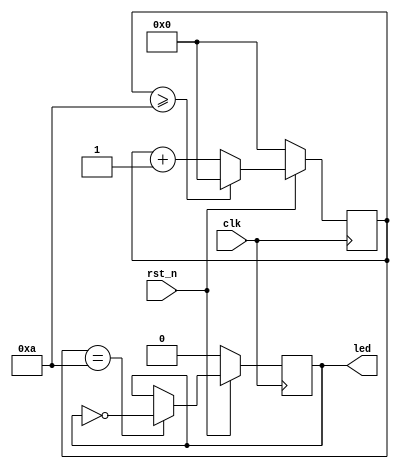
module led_demo(
    input clk,
    input rst_n,

    output reg led
);

reg [7:0] cnt;

always @ (posedge clk)
begin
    if(!rst_n)
        cnt <= 0;
    else if(cnt >= 10)
        cnt <= 0;
    else 
        cnt <= cnt + 1;
end

always @ (posedge clk)
begin
    if(!rst_n)
        led <= 0;
    else if(cnt == 10)
        led <= !led;
end

endmodule